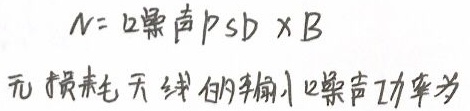
$N =  12噪声PSD\times B$
无损耗天线的射频12噪声功率为